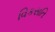
વિકસતિ